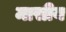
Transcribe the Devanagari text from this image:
मासीय